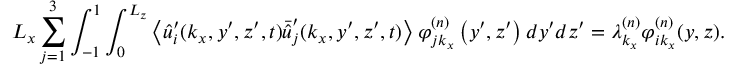
L _ { x } \sum _ { j = 1 } ^ { 3 } \int _ { - 1 } ^ { 1 } \int _ { 0 } ^ { L _ { z } } \left\langle \hat { u } _ { i } ^ { \prime } ( k _ { x } , y ^ { \prime } , z ^ { \prime } , t ) \bar { \hat { u } } _ { j } ^ { \prime } ( k _ { x } , y ^ { \prime } , z ^ { \prime } , t ) \right\rangle \varphi _ { j k _ { x } } ^ { ( n ) } \left( y ^ { \prime } , z ^ { \prime } \right) d y ^ { \prime } d z ^ { \prime } = \lambda _ { k _ { x } } ^ { ( n ) } \varphi _ { i k _ { x } } ^ { ( n ) } ( y , z ) .